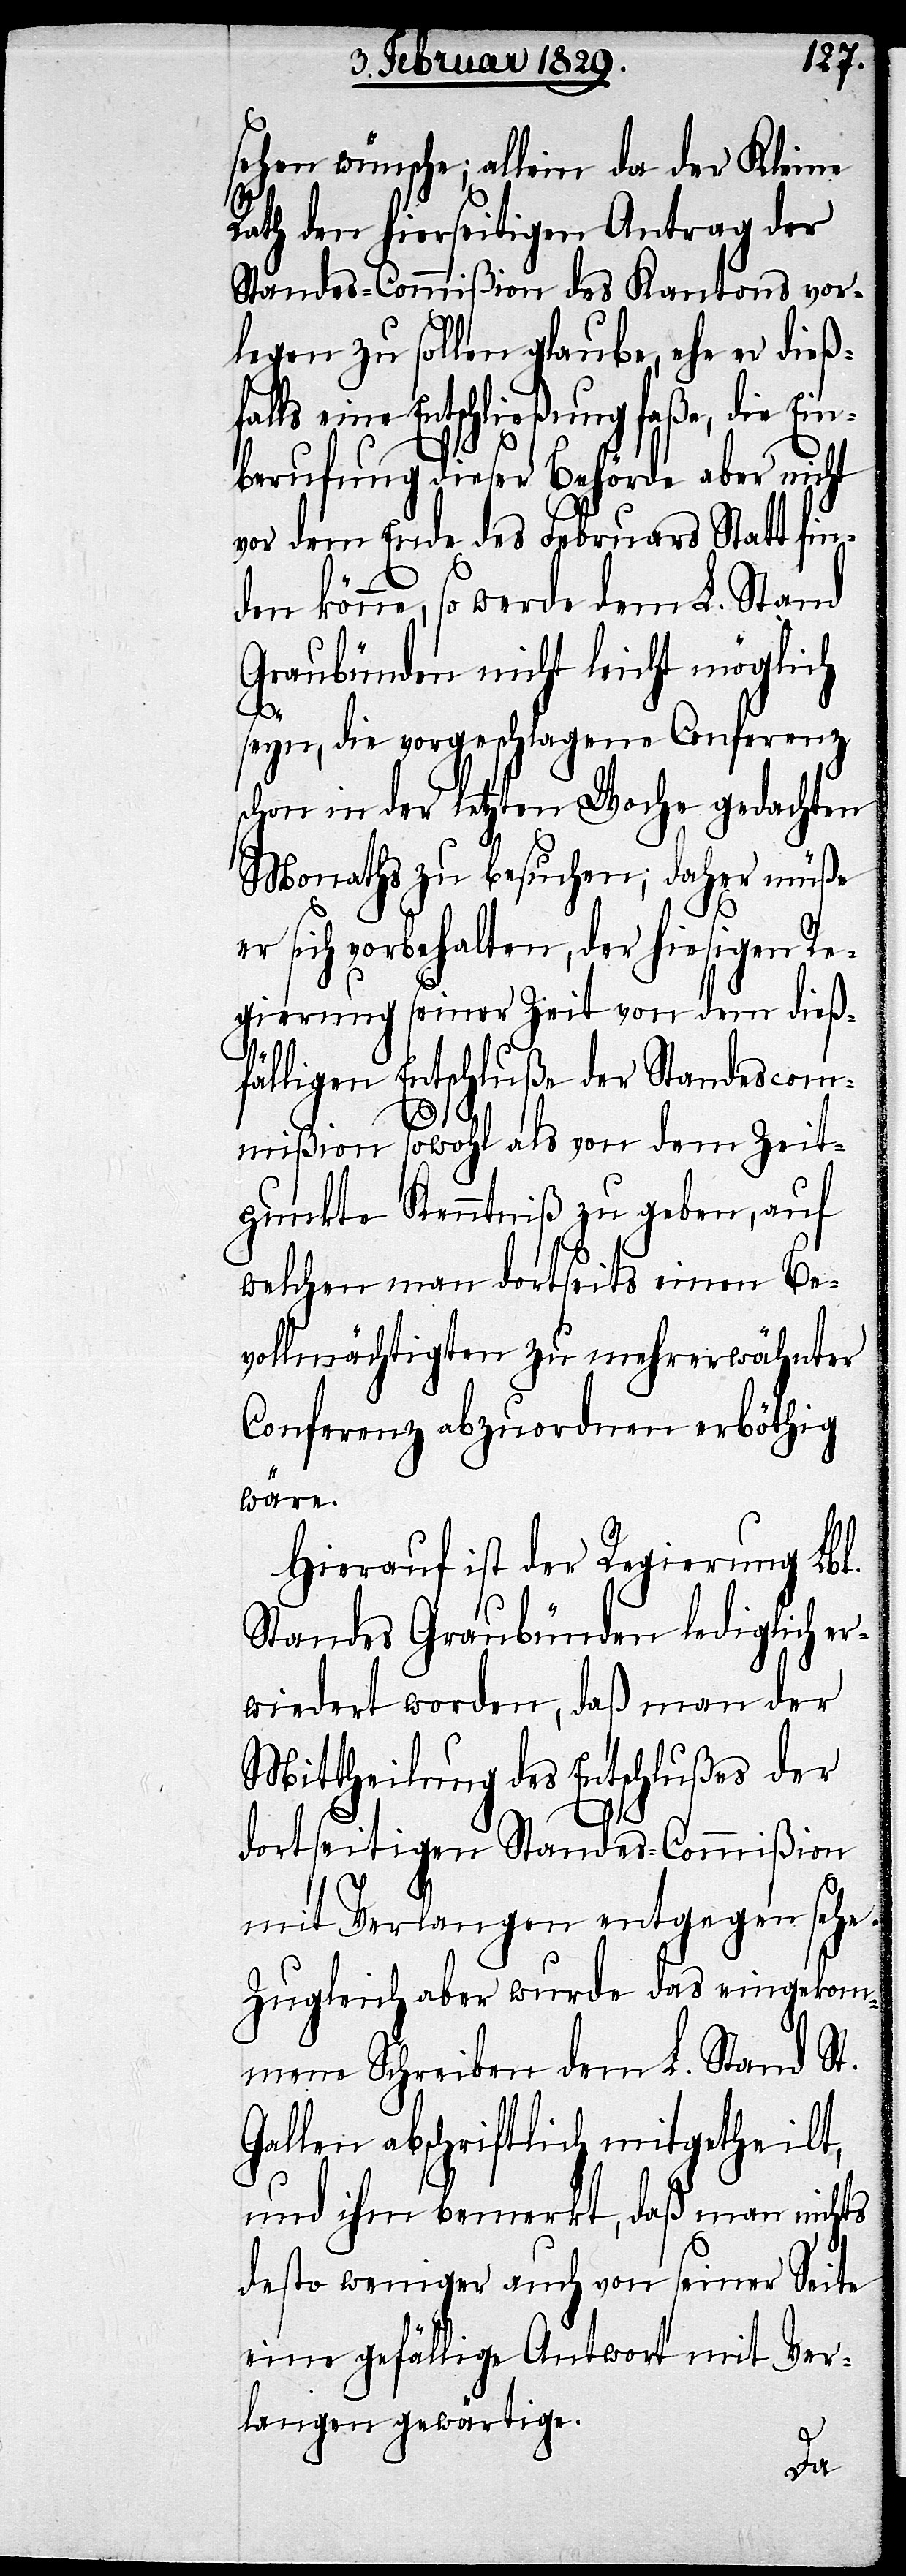
sehen wünsche; allein da der Kleine
Rath den hierseitigen Antrag der
Standes-Commißion des Kantons vor¬
legen zu sollen glaube, ehe er dieß¬
falls eine Entschließung faße, die Ein¬
berufung dieser Behörde aber nicht
vor dem Ende des Februars Statt fin¬
den könne, so werde dem L. Stand
Graubünden nicht leicht möglich
seyn, die vorgeschlagene Conferenz
schon in der letzten Woche gedachten
Monaths zu besuchen; daher müße
er sich vorbehalten, der hiesigen Re¬
gierung seiner Zeit von dem dieß¬
fälligen Entschluße der Standescom¬
mißion sowohl als von dem Zeit¬
punkte Kenntniß zu geben, auf
welchen man dortseits einen Be¬
vollmächtigten zu mehrerwähnter
Conferenz abzuordnen erböthig
wäre.
Hierauf ist der Regierung Lbl.
Standes Graubünden lediglich er¬
wiedert worden, daß man der
Mittheilung des Entschlußes der
dortseitigen Standes-Commißion
mit Verlangen entgegen sehe.
Zugleich aber wurde das eingekom¬
mene Schreiben dem L. Stand St.
Gallen abschriftlich mitgetheilt,
und ihm bemerkt, daß man nichts
desto weniger auch von seiner Seite
eine gefällige Antwort mit Ver¬
langen gewärtige.